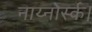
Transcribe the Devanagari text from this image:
नाय्नोर्स्क।